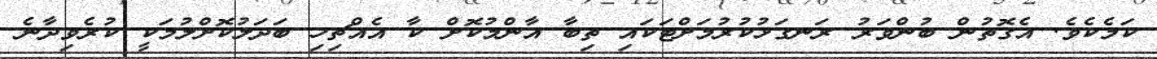
ކަމެކެވެ. އެގޮތުން ބުންވަރު ރަނގަޅުކުރުމަށްޓަކައި ތިބާ އާންމުކޮށް ކާ އެއްޗިހި ބަދަލުކޮށްލުމަކީ ކުރެވިދާނެ